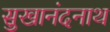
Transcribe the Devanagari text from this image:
सुखानंदनाथ